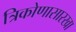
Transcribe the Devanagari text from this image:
त्रिकोणासारखा